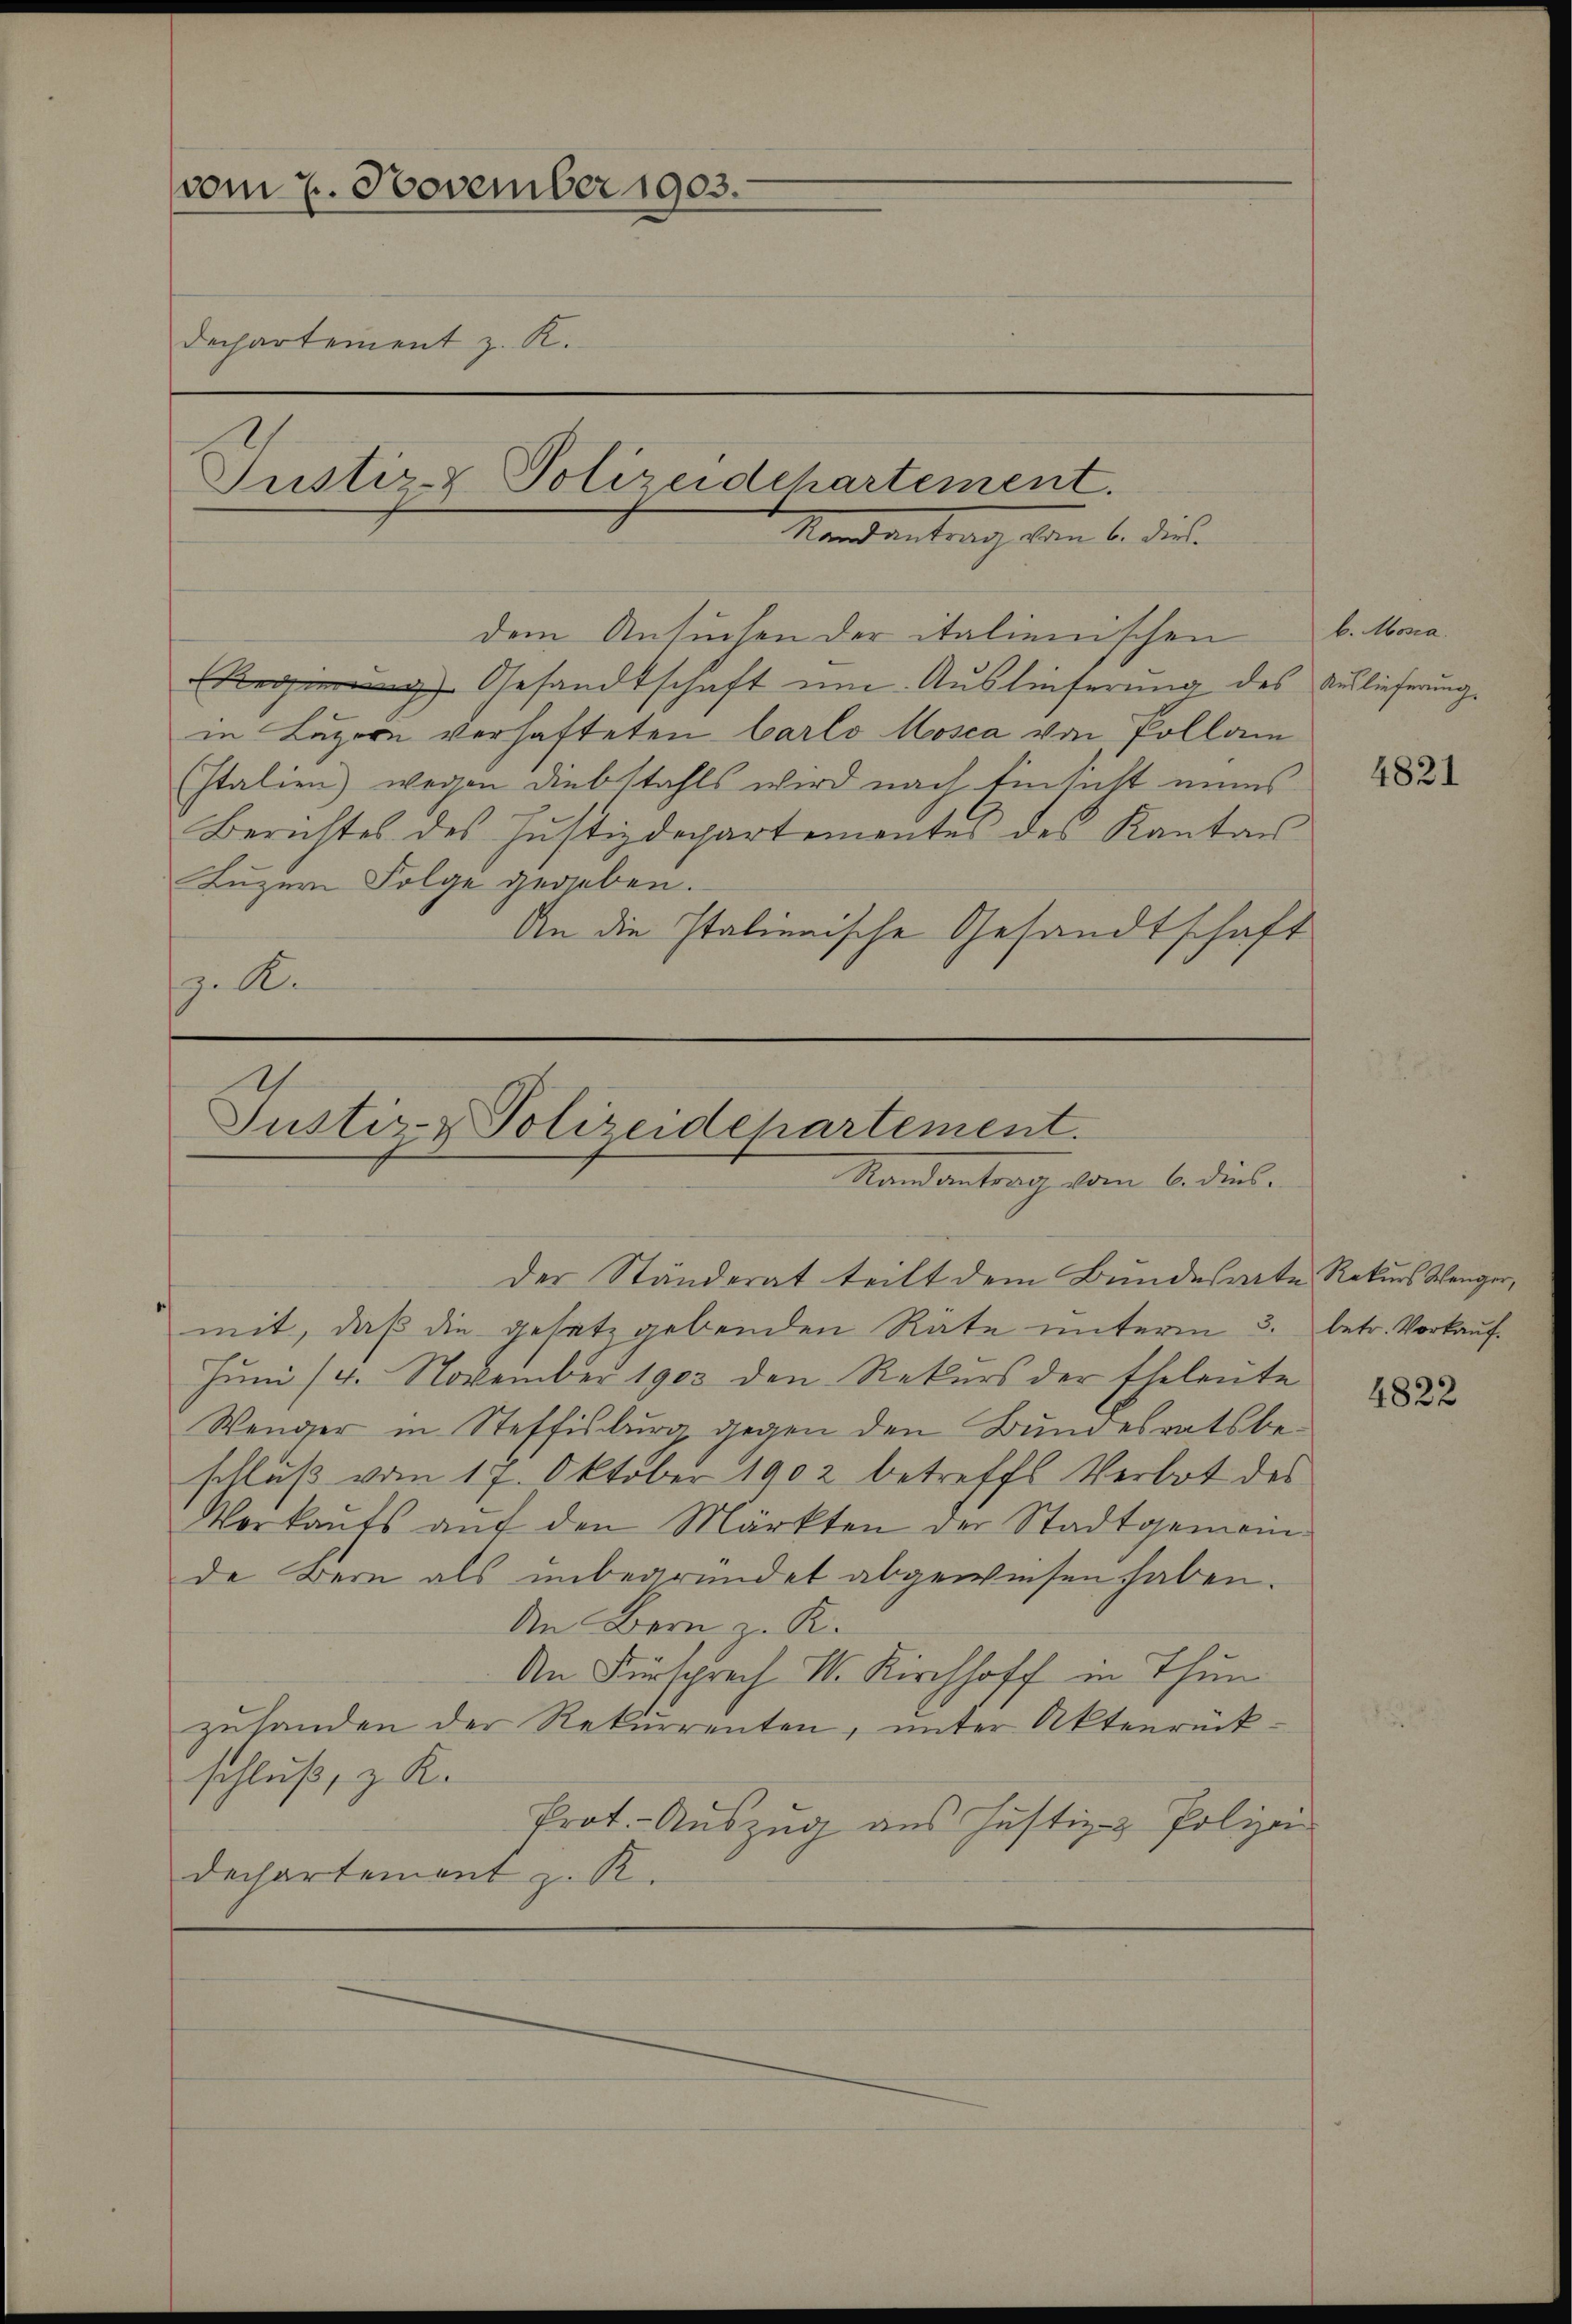
vom 7. November 1903.
Dechartement z. K.
Justiz- & Polizeidehartement.

Mandantrag von 6. diese

dem Ansuchen der italienischen
Regierung Gesandtschaft um Auslieferung des Auslieferung
in Luzern verhafteten Carlo Mosca von Pollan
Italien) wegen Diebstahls wird nach Einsicht eines
Berichtes des Justizdepartementes des Kanton
Luzern Folge gegeben.
An die Italienische Gesandtschaft
.A.

Justiz- & Polizeidepartement.
Randantrag vom 6. diel.

der Ständerat teilt dem Bundesarte Rekurs Wenger,
mit, daß die gesetzgebenden Räte unterm 3. betr. Vorkauf¬
Juni 14. November 1903 den Rekurs der Eheleute
Wenger in Steffisburg gegen den Bundesratsbeschluß vom 17. Oktober 1902 betreffe Verbot des
Verkauts auf den Märkten der Stadtgemeinde Bern als unbegründet abgewiesen haben.
An Bern z. R.
An Fürsprech I. Kirchhoff in Thun
zuhanden der Rekurrenten, unter Aktenrückschluß, z. K.
Prot. - Auszug aus Justiz- & Polizei
Dechartement z. R.

b. Mosia.

4821

4822